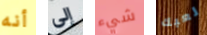
أنه إلى شيء لعبك